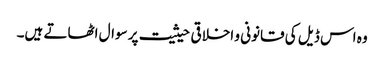
وہ اس ڈیل کی قانونی و اخلاقی حیثیت پر سوال اٹھاتے ہیں۔